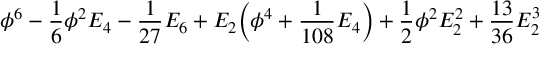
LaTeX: \phi ^ { 6 } - { \frac { 1 } { 6 } } \phi ^ { 2 } E _ { 4 } - { \frac { 1 } { 2 7 } } E _ { 6 } + E _ { 2 } \Big ( \phi ^ { 4 } + { \frac { 1 } { 1 0 8 } } E _ { 4 } \Big ) + { \frac { 1 } { 2 } } \phi ^ { 2 } E _ { 2 } ^ { 2 } + { \frac { 1 3 } { 3 6 } } E _ { 2 } ^ { 3 }